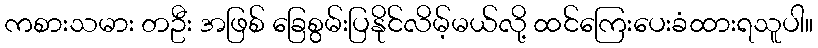
ကစားသမား တဦး အဖြစ် ခြေစွမ်းပြနိုင်လိမ့်မယ်လို့ ထင်ကြေးပေးခံထားရသူပါ။